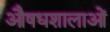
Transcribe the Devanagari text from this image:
औषधशालाओं